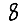
Digit: 8